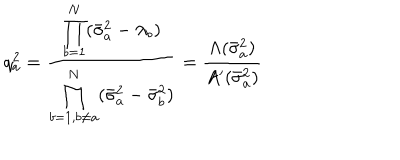
q _ { a } ^ { 2 } = \frac { \displaystyle \prod _ { b = 1 } ^ { N } ( \bar { \sigma } _ { a } ^ { 2 } - \lambda _ { b } ) } { \displaystyle \prod _ { b = 1 , b \neq a } ^ { N } ( \bar { \sigma } _ { a } ^ { 2 } - \bar { \sigma } _ { b } ^ { 2 } ) } = \frac { \Lambda ( \bar { \sigma } _ { a } ^ { 2 } ) } { A ^ { \prime } ( \bar { \sigma } _ { a } ^ { 2 } ) }